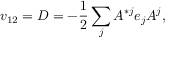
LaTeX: v _ { 1 2 } = D = - { \frac { 1 } { 2 } } \sum _ { j } A ^ { * j } e _ { j } A ^ { j } ,